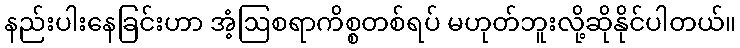
နည်းပါးနေခြင်းဟာ အံ့ဩစရာကိစ္စတစ်ရပ် မဟုတ်ဘူးလို့ဆိုနိုင်ပါတယ်။